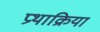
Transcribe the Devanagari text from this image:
प्रथाक्रिया